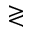
\gtrless